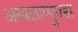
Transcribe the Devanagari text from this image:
अम्बलाप्पुज्हा